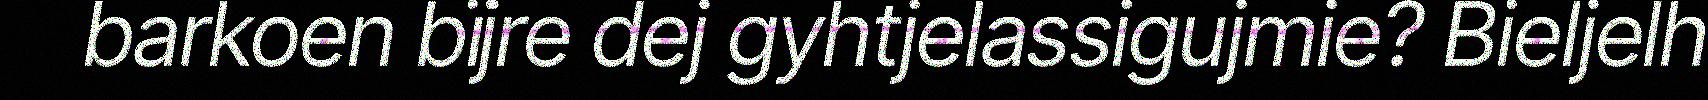
barkoen bïjre dej gyhtjelassigujmie? Bieljelh